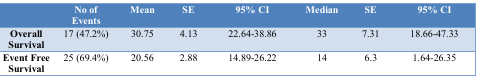
<table><thead><tr><td></td><td><b>No of Events</b></td><td><b>Mean</b></td><td><b>SE</b></td><td><b>95% CI</b></td><td><b>Median</b></td><td><b>SE</b></td><td><b>95% CI</b></td></tr></thead><tbody><tr><td><b>Overall Survival</b></td><td>17 (47.2%)</td><td>30.75</td><td>4.13</td><td>22.64-38.86</td><td>33</td><td>7.31</td><td>18.66-47.33</td></tr><tr><td><b>Event Free Survival</b></td><td>25 (69.4%)</td><td>20.56</td><td>2.88</td><td>14.89-26.22</td><td>14</td><td>6.3</td><td>1.64-26.35</td></tr></tbody></table>